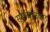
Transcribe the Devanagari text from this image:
सर्वाकारक